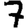
Digit: 7